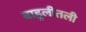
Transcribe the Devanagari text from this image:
बाहुलीतली